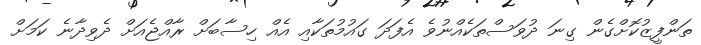
ތަންފީޒުކޮށްގެން ގިނަ ދުވަސްތަކެއްނުވެ އެފަދަ ގައުމުތަކާއި އެއް ހިސާބަށް ރާއްޖެއަށް ދެވިދާނެ ކަމަށް